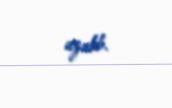
azalıb.